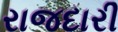
રાજદારી